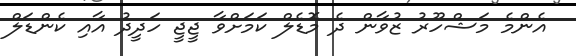
އެންމެ މަޝްހޫރު ޒުވާން ދެ މޮޑެލް ކަމަށްވާ ޖީޖީ ހަދީދު އާއި ކެންޑަލް